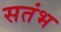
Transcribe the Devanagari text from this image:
सतंभ